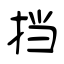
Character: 挡